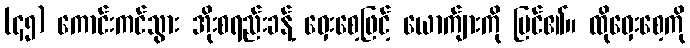
(၄၅) ကောင်းကင်သွား အိုးစရည်းခန့် ဝှေးစေ့ဖြင့် ယောက်ျားကို မြင်၏။ ထိုဝှေးစေ့ကို